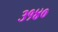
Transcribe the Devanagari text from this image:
३१४०